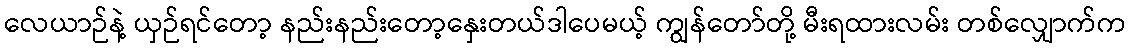
လေယာဉ်နဲ့ ယှဉ်ရင်တော့ နည်းနည်းတော့နှေးတယ်ဒါပေမယ့် ကျွန်တော်တို့ မီးရထားလမ်း တစ်လျှောက်က